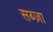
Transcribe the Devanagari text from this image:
सब्ज़ा